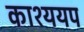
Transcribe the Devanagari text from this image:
काश्ययप